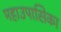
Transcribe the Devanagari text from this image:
महाउपासिका